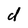
Character: d